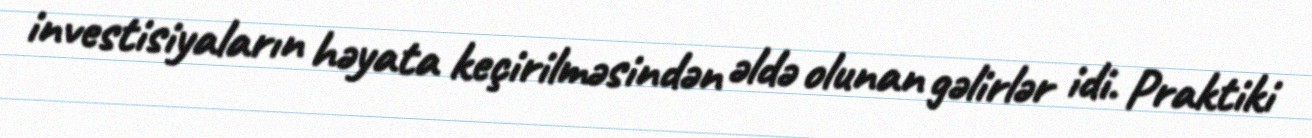
investisiyaların həyata keçirilməsindən əldə olunan gəlirlər idi. Praktiki